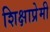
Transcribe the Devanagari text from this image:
शिक्षाप्रेमी